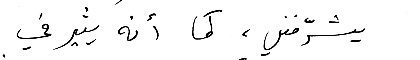
يشرّفني، كما أنه يثير في